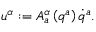
u ^ { \alpha } : = A _ { a } ^ { \alpha } \left( q ^ { a } \right) \dot { q } ^ { a } .